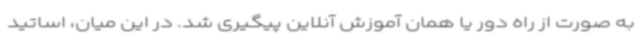
به صورت از راه دور یا همان آموزش آنلاین پیگیری شد. در این میان، اساتید